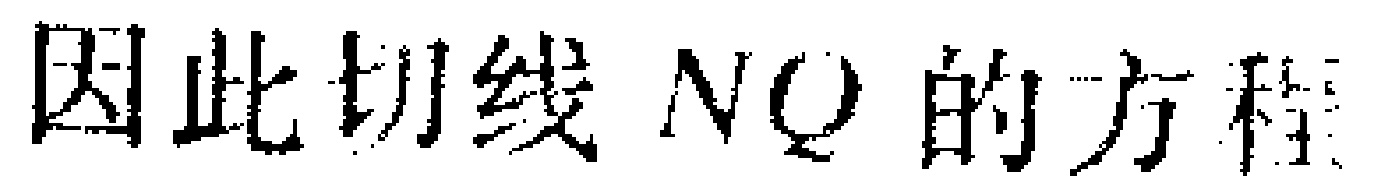
因此切线 \(NQ\) 的方程